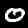
Digit: 0